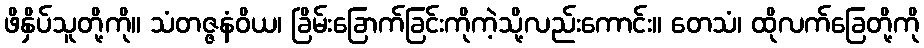
ဖိနှိပ်သူတို့ကို။ သံတဇ္ဇနံဝိယ၊ ခြိမ်းခြောက်ခြင်းကိုကဲ့သို့လည်းကောင်း။ တေသံ၊ ထိုလက်ခြေတို့ကို